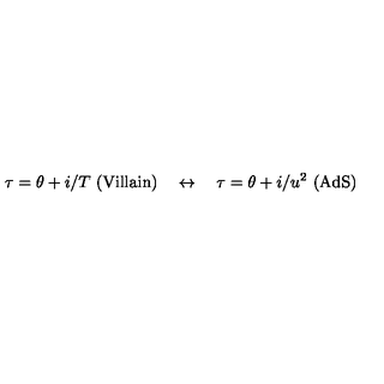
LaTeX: \tau = \theta + i / T \ \mathrm { ( V i l l a i n ) } \quad \leftrightarrow \quad \tau = \theta + i / u ^ { 2 } \ \mathrm { ( A d S ) }